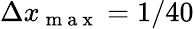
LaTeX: \Delta x_{\mathrm{~m~a~x~}}=1/40